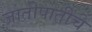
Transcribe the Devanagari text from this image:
जातीपातींचे